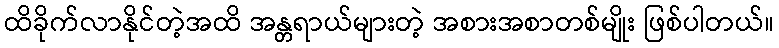
ထိခိုက်လာနိုင်တဲ့အထိ အန္တရာယ်များတဲ့ အစားအစာတစ်မျိုး ဖြစ်ပါတယ်။